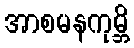
အာစမနကုမ္ဘိ